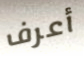
أعرف